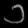
Digit: ၁